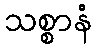
သစ္စာနံ